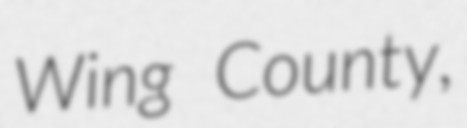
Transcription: Wing County,